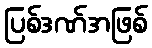
ပြစ်ဒဏ်အဖြစ်